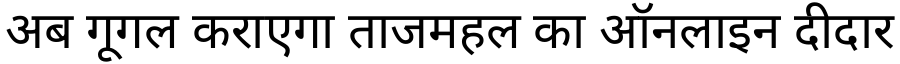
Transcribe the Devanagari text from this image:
अब गूगल कराएगा ताजमहल का ऑनलाइन दीदार